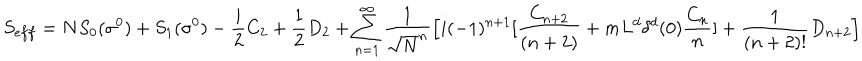
S _ { e f f } = N S _ { 0 } ( \sigma ^ { 0 } ) + S _ { 1 } ( \sigma ^ { 0 } ) - { \frac { i } { 2 } } C _ { 2 } + { \frac { 1 } { 2 } } D _ { 2 } + \sum _ { n = 1 } ^ { \infty } { \frac { 1 } { \sqrt { N } ^ { n } } } \Big [ i ( - 1 ) ^ { n + 1 } [ { \frac { C _ { n + 2 } } { ( n + 2 ) } } + m L ^ { d } \delta ^ { d } ( 0 ) { \frac { C _ { n } } { n } } ] + { \frac { 1 } { ( n + 2 ) ! } } D _ { n + 2 } \Big ]